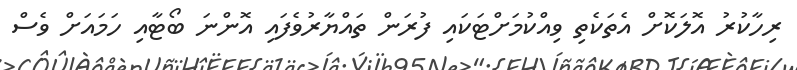
ރިހާކުރު އޮލަކޮށް އެތަކެތި ވިއްކުމަށްޓަކައި ފުރަން ތައްޔާރުވެފައި އޮންނަ ބޯޓާއި ހަމައަށް ވެސް